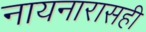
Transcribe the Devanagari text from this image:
नायनारासही